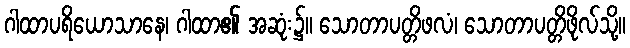
ဂါထာပရိယောသာနေ၊ ဂါထာ၏ အဆုံး၌။ သောတာပတ္တိဖလံ၊ သောတာပတ္တိဖိုလ်သို့။